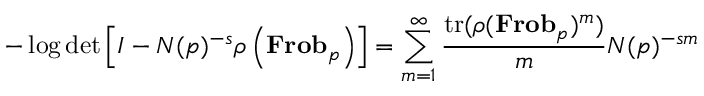
- \log \operatorname* { d e t } \left[ I - N ( { \mathfrak { p } } ) ^ { - s } \rho \left( \mathbf { F r o b } _ { \mathfrak { p } } \right) \right] = \sum _ { m = 1 } ^ { \infty } { \frac { { \mathrm { t r } } ( \rho ( \mathbf { F r o b } _ { \mathfrak { p } } ) ^ { m } ) } { m } } N ( { \mathfrak { p } } ) ^ { - s m }